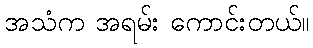
အသံက အရမ်း ကောင်းတယ်။